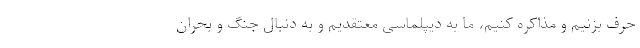
حرف بزنیم و مذاکره کنیم، ما به دیپلماسی معتقدیم و به دنبال جنگ و بحران